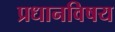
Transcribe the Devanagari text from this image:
प्रधानविषय